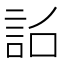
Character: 𧦎